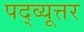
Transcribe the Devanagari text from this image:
पद्व्यूत्तर